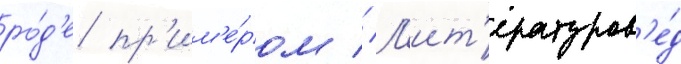
ро́д'е пр'им'е́ром // Л'ит'ературов'е́д